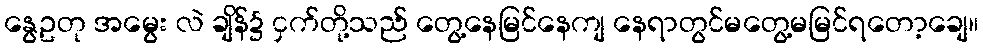
နွေဥတု အမွေး လဲ ချိန်၌ ငှက်တို့သည် တွေ့နေမြင်နေကျ နေရာတွင်မတွေ့မမြင်ရတော့ချေ။